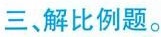
三、解比例题。